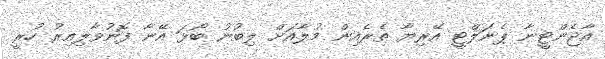
އާޖެންޓީނާ ޕެނަލްޓީ އޭރިޔާ ތެރެއިން މުލާއަށް ލިބުނު ބޯޅަ އޭނާ ފޮނުވާލިއިރު ހުރީ